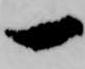
一